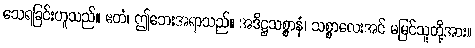
သေရခြင်းဟူသည်။ ဧတံ၊ ဤဘေးအရာသည်။ အဒိဋ္ဌသစ္စာနံ၊ သစ္စာလေးအင် မမြင်သူတို့အား။